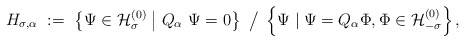
\begin{align*}H_{\sigma,\alpha} \ :=\ \left\{ \Psi \in {\mathcal H}_\sigma^{(0)} \bigm| Q_\alpha \ \Psi=0\right\} \ \big/ \ \left\{ \Psi \mid \Psi = Q_\alpha \Phi, \Phi \in {\mathcal H}_{-\sigma}^{(0)} \right\} ,\end{align*}